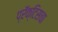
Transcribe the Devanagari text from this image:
प्रॅक्‍टिसचा